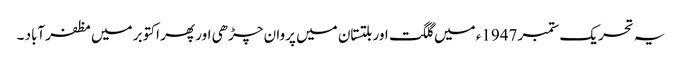
یہ تحریک ستمبر 1947ء میں گلگت اور بلتستان میں پروان چڑھی اور پھر اکتوبر میں مظفرآباد ۔